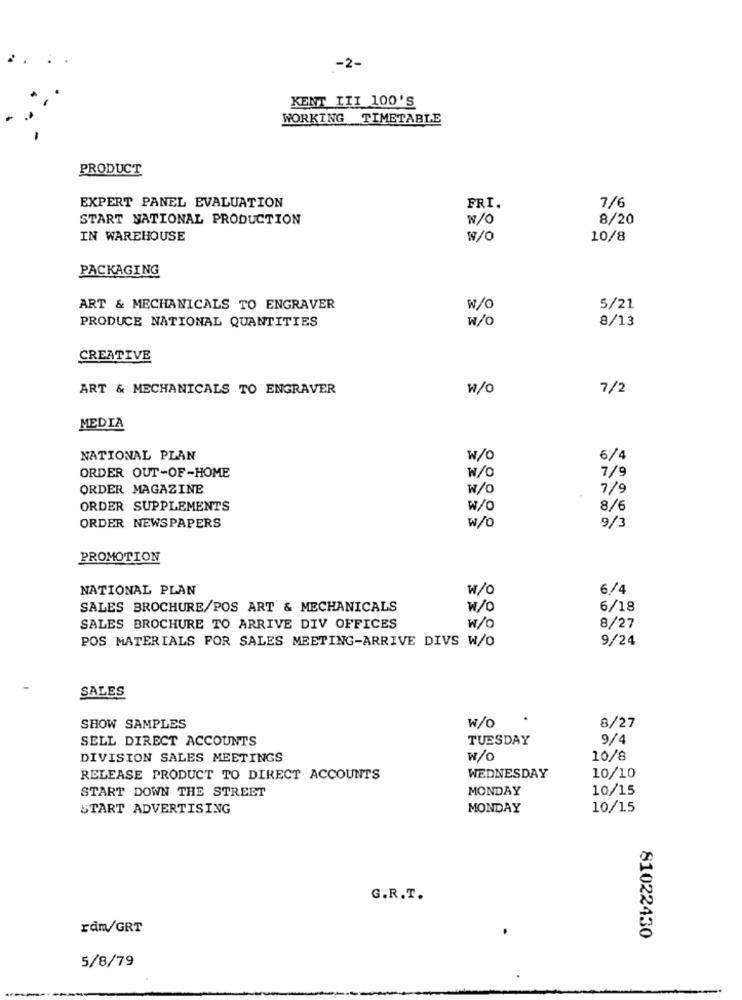
-2-
KENT III 100'S
WORKING TIMETABLE
PRODUCT
EXPERT PANEL EVALUATION
7/6
FRI.
START NATIONAL PRODUCTION
W/O
8/20
IN WAREHOUSE
W/O
10/8
PACKAGING
ART & MECHANICALS TO ENGRAVER
w/O
5/21
PRODUCE NATIONAL QUANTITIES
w/o
8/13
CREATIVE
ART & MECHANICALS TO ENGRAVER
w/o
7/2
MEDIA
NATIONAL PLAN
W/O
6/4
W/C
7/9
ORDER OUT-OF-HOME
ORDER MAGAZINE
w/
7/9
ORDER SUPPLEMENTS
w/o
8/6
w/o
ORDER NEWSPAPERS
9/3
PROMOTION
NATIONAL PLAN
w/o
6/4
SALES BROCHURE/POS ART & MECHANICALS
w/O
6/18
SALES BROCHURE TO ARRIVE DIV OFFICES
w/o
8/27
POS MATERIALS FOR SALES MEETING-ARRIVE DIVS W/O
9/24
SALES
W/o
SHOW SAMPLES
8/27
SELL DIRECT ACCOUNTS
TUESDAY
9/4
DIVISION SALES MEETINGS
w/o
10/8
RELEASE PRODUCT TO DIRECT ACCOUNTS
WEDNESDAY
10/10
START DOWN THE STREET
MONDAY
10/15
START ADVERTISING
MONDAY
10/15
G.R.T.
ram/GRT
81022430
5/8/79